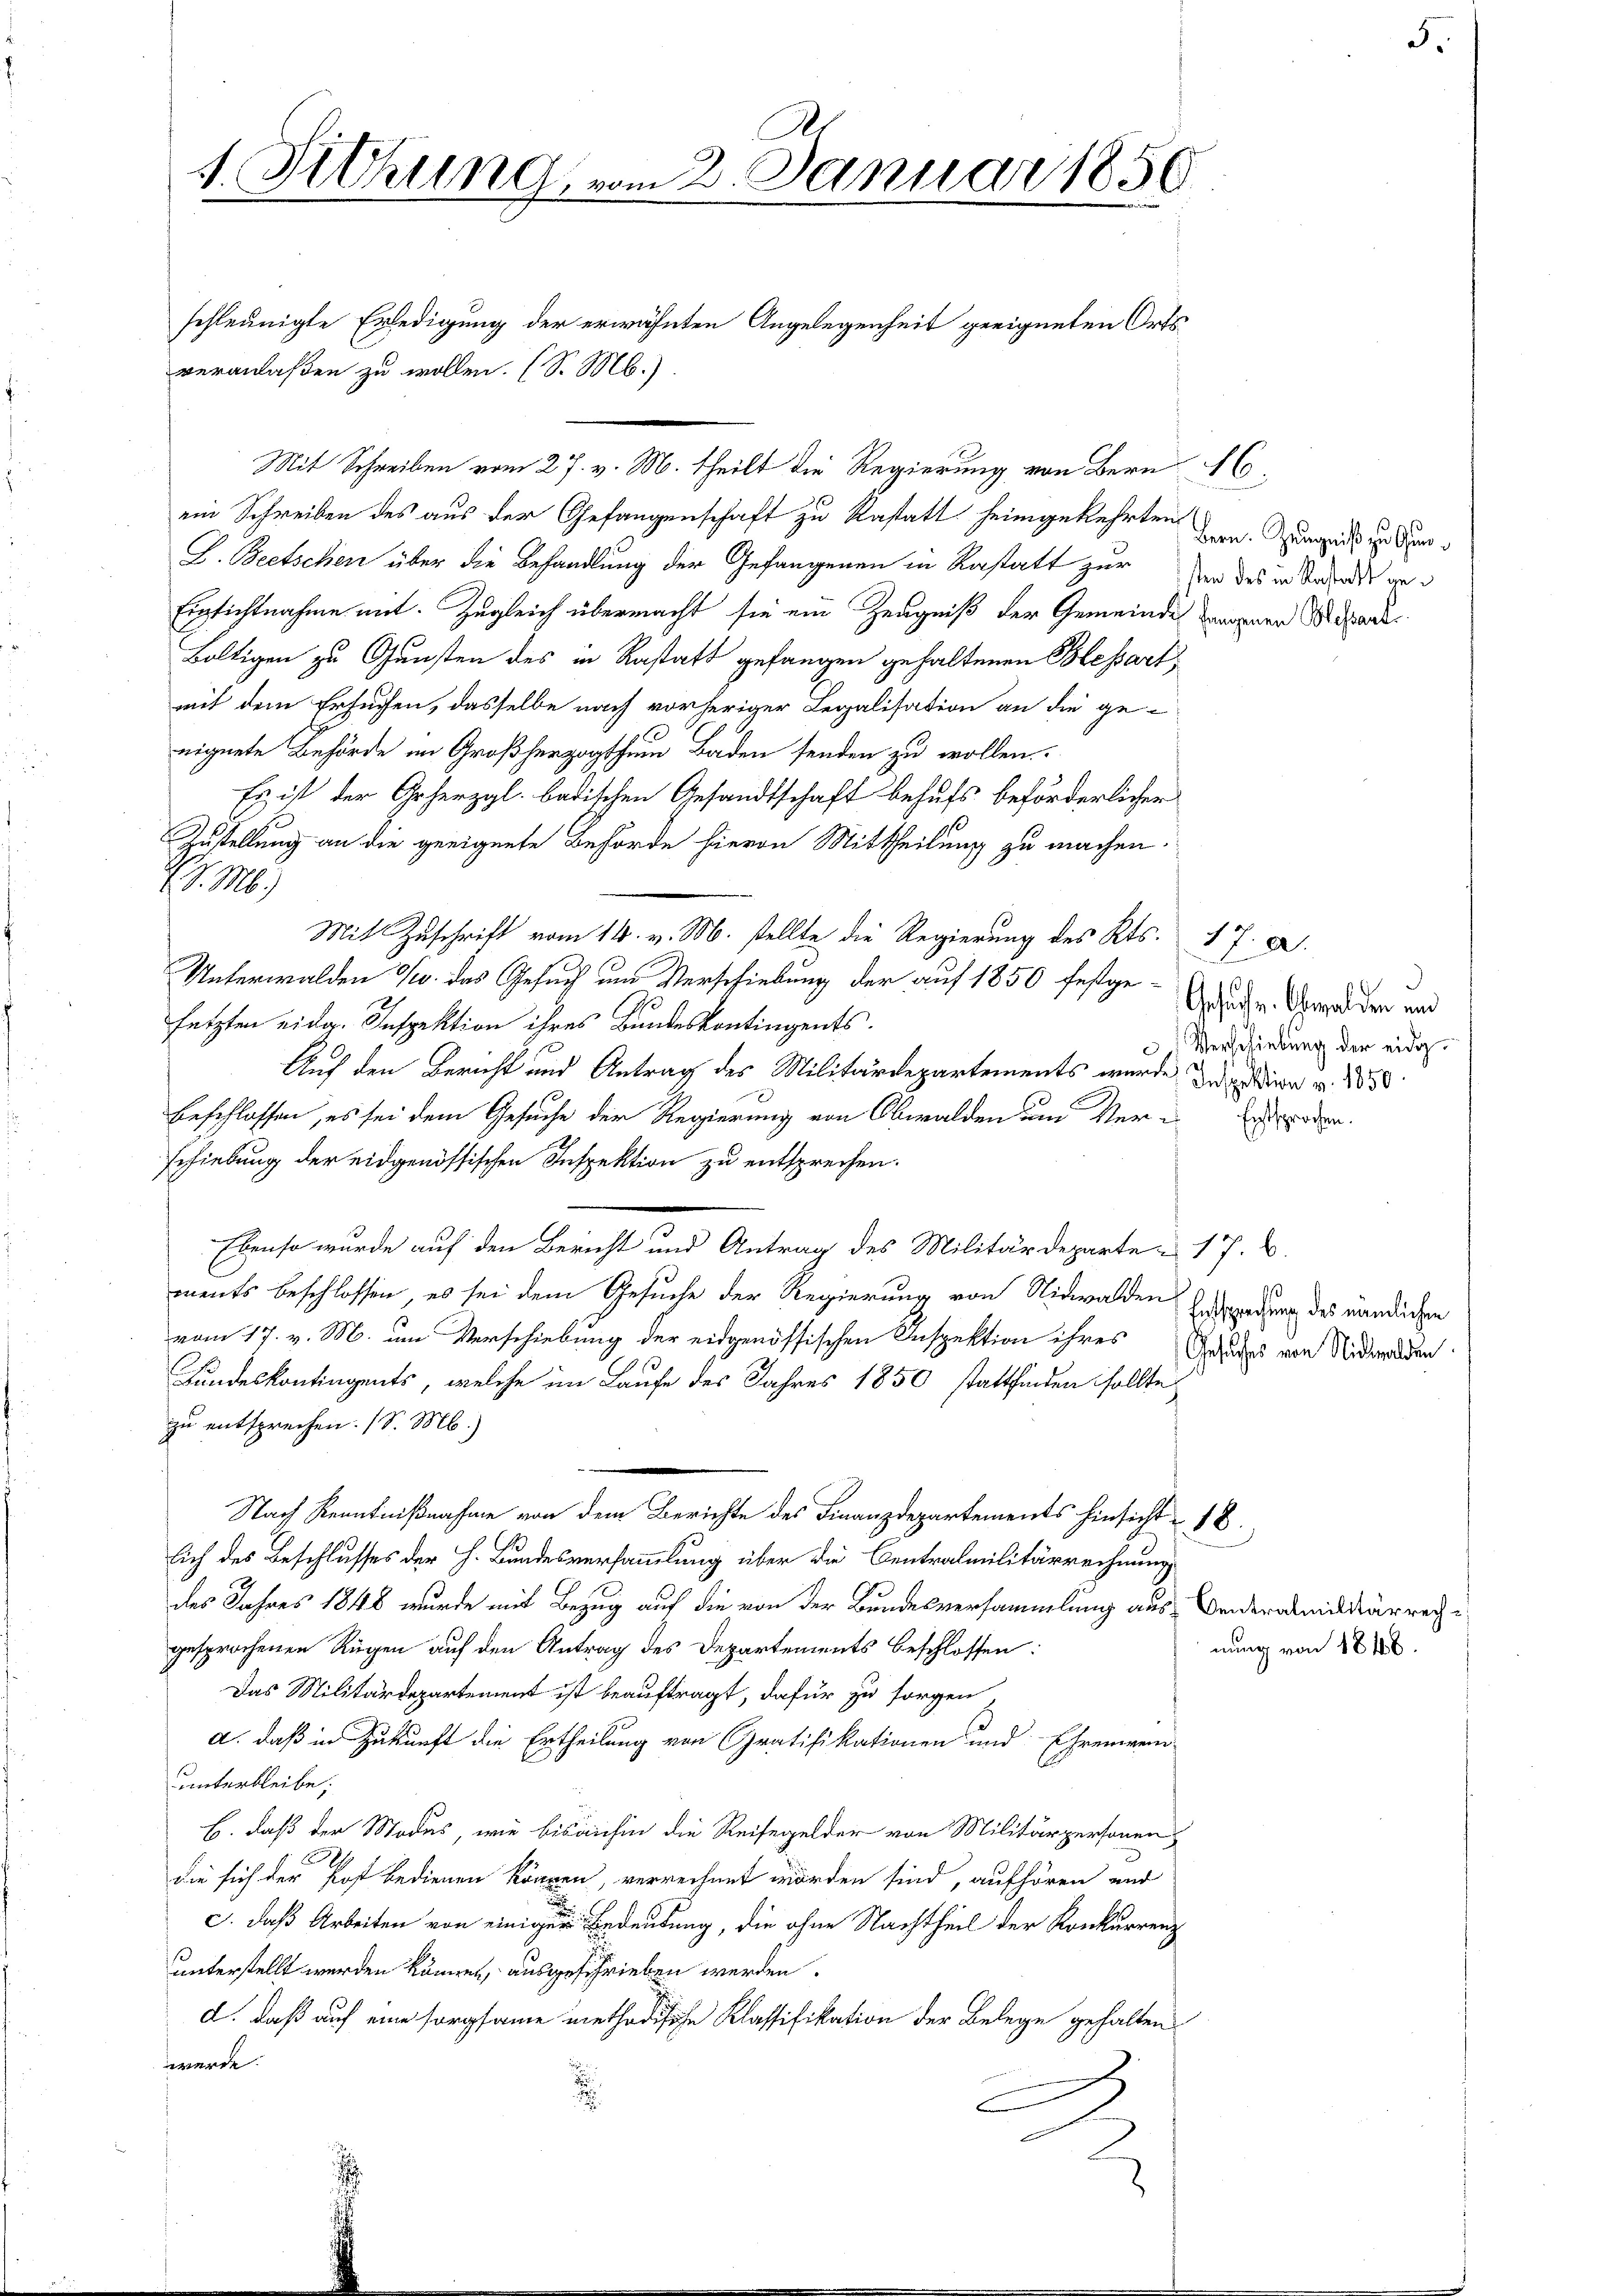
A
1. Sitzung, vom 2. Januar 1856

veranlaßen zu wollen. (S. Mb.).
ein Schreiben des aus der Gefangenschaft zu Rastatt heimgekehrten
E. Beetschen über die Behandlung der Gefangenen in Restatt zur in des in Trost ge¬
Einsichtnahme mit. Zugleich übermacht sie ein Zeugniß der Gemeinde einen Brdar
Baltigen zu Gunsten des in Kastatt gefangen gehaltenen Blessart,
mit dem Ersuchen, dasselbe nach vorheriger Legalisation an die ge-
eignete Behörde im Großherzogthum Baden senden zu wollen.
Es ist der Geherzgl. badischen Gesandtschaft behufs beförderlicher
Zustellung an die geeignete Behörde hievon Mittheilung zu machen.
d. M.)
Mit Zuschrift vom 14. v. M. stellte die Regierung des Kts.
Unterwalden S. das Gesuch um Verschiebung der auf 1850 festgesetzten eidg. Inspektion ihres Bundeskontingents.
Auf den Bericht und Antrag des Militärdepartements wurde der in v. 1838.
beschlossen, es sei dem Gesuche der Regierung von Obwalden und Ver-
schiebung der eidgenössischen Inspektion zu entsprechen.
Ebenso wurde auf den Bericht und Antrag des Militärdeparte u. 17. 6.
ments beschlossen, es sei dem Gesuche der Regierung von Nidwalden Eisendung des nendlichen
vom 17. v. M. um Verschiebung der eidgenössischen Inspektion ihres Grades von Nidwalden
3
Fundeskontingents, welche im Laufe des Jahres 1850 stattfinden sollte
zu entsprechen. (S. M.)
Nach Kenntnißnahme von dem Berichte des Finanzdepartements hinsicht 18.
lich des Beschlusses der H. Bundesversammlung über die Centralmilitärrechnung
des Jahres 1848 wurde mit Bezug auf die von der Bundesversammlung aus Bederamidärrechgesprochenen Rügen auf den Antrag des Departements beschlossen:
Das Militärdepartement ist beauftragt, dafür zu sorgen
a. daß in Zukunft die Ertheilung von Gratifikationen und Ehrenwei
unterbleibe;
E. daß der Modus, wie bisanhin die Reisegelder von Militärpersonen
die sich der Post bedienen können, verrechnet worden sind, aufhören und
c. daß Arbeiten von einiger Bedeutung, die ohne Nachtheil der Konkurrenz
unterstellt werden können, ausgeschrieben werden.
d. daß auf eine sorgsame methodische Klassifikation der Belege gehalten
werde.
.
C

schleunigte Erledigung der erwähnten Angelegenheit geeigneten Orts¬

Mit Schreiben vom 27. v. M. theilt die Regierung von Bern E

5

Bern. Zeugniß zu Gun¬

17. d.
n
Gesuche. Obwalden und
) Verschiebung der eidg.

Entsprochen.

nung von 1846.